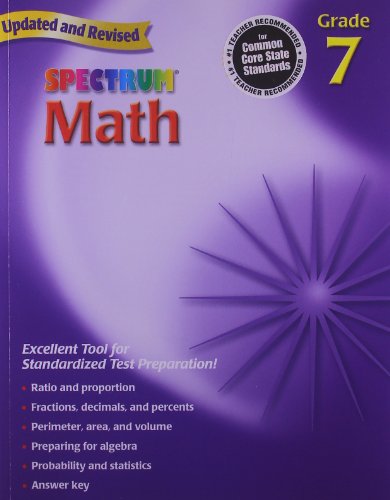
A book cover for Spectrum Math, Grade 7; Thomas Richards; Teen & Young Adult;